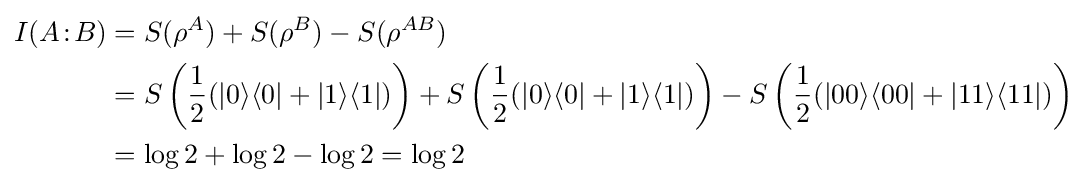
{\begin{aligned}I(A\!:\!B)&=S(\rho ^{A})+S(\rho ^{B})-S(\rho ^{AB})\\&=S\left({\frac {1}{2}}(|0\rangle \langle 0|+|1\rangle \langle 1|)\right)+S\left({\frac {1}{2}}(|0\rangle \langle 0|+|1\rangle \langle 1|)\right)-S\left({\frac {1}{2}}(|00\rangle \langle 00|+|11\rangle \langle 11|)\right)\\&=\log 2+\log 2-\log 2=\log 2\end{aligned}}